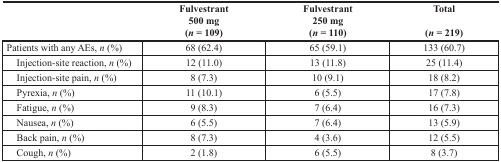
<table><thead><tr><td></td><td><b>Fulvestrant500 mg(<i>n</i> = 109)</b></td><td><b>Fulvestrant250 mg(<i>n</i> = 110)</b></td><td><b>Total(<i>n</i> = 219)</b></td></tr></thead><tbody><tr><td>Patients with any AEs, <i>n</i> (%)</td><td>68 (62.4)</td><td>65 (59.1)</td><td>133 (60.7)</td></tr><tr><td> Injection-site reaction, <i>n</i> (%)</td><td>12 (11.0)</td><td>13 (11.8)</td><td>25 (11.4)</td></tr><tr><td> Injection-site pain, <i>n</i> (%)</td><td>8 (7.3)</td><td>10 (9.1)</td><td>18 (8.2)</td></tr><tr><td> Pyrexia, <i>n</i> (%)</td><td>11 (10.1)</td><td>6 (5.5)</td><td>17 (7.8)</td></tr><tr><td> Fatigue, <i>n</i> (%)</td><td>9 (8.3)</td><td>7 (6.4)</td><td>16 (7.3)</td></tr><tr><td> Nausea, <i>n</i> (%)</td><td>6 (5.5)</td><td>7 (6.4)</td><td>13 (5.9)</td></tr><tr><td> Back pain, <i>n</i> (%)</td><td>8 (7.3)</td><td>4 (3.6)</td><td>12 (5.5)</td></tr><tr><td> Cough, <i>n</i> (%)</td><td>2 (1.8)</td><td>6 (5.5)</td><td>8 (3.7)</td></tr></tbody></table>